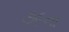
૭૯ના